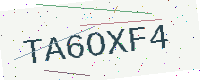
Text: TA6OXF4